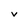
Character: v